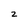
Character: z